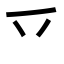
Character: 乊